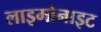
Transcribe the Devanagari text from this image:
लाइमोनाइट